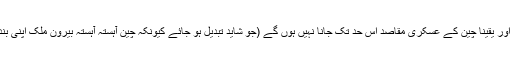
' چین امریکہ کی طرح ایک عالمی سپر پاور نہیں ہے اور یقیناً چین کے عسکری مقاصد اس حد تک جانا نہیں ہوں گے (جو شاید تبدیل ہو جائے کیونکہ چین آہستہ آہستہ بیرون ملک اپنی بندرگاہوں اور فوجی اڈوں کا ایک نیٹ ورک بنا رہا ہے۔